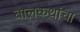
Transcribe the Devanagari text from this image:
बालकथांचा